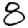
Digit: 8